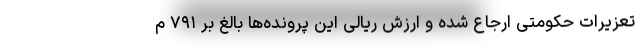
تعزیرات حکومتی ارجاع شده و ارزش ریالی این پرونده‌ها بالغ بر ۷۹۱ م